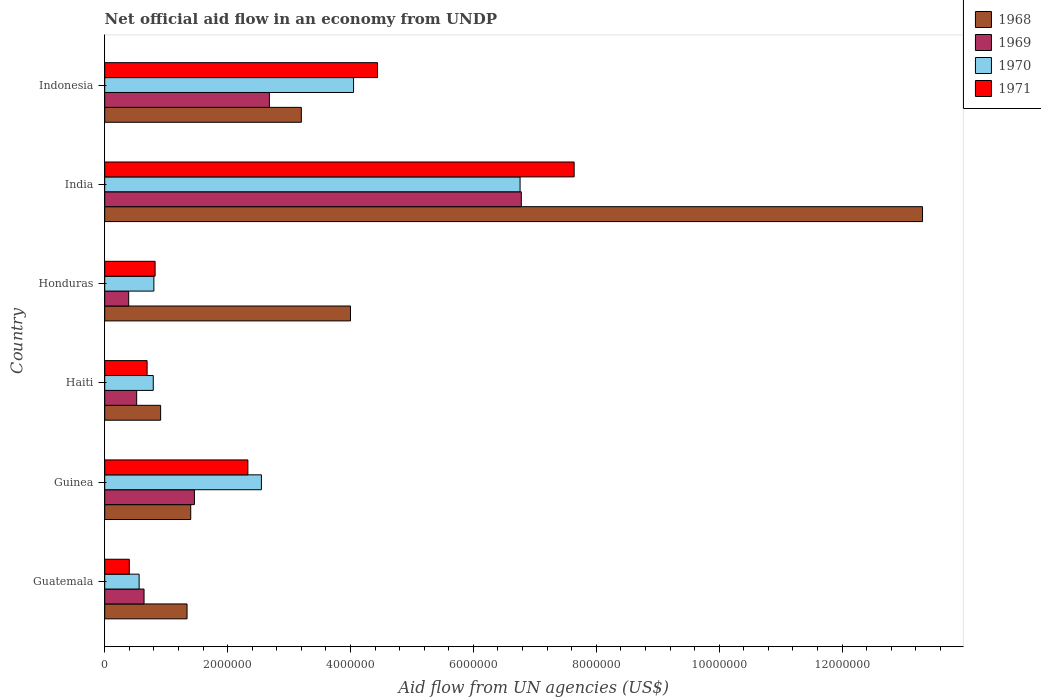
| Country | 1968 | 1969 | 1970 | 1971 |
 | --- | --- | --- | --- | --- |
 | Guatemala | 1.34e+06 | 6.4e+05 | 5.6e+05 | 4e+05 |
 | Guinea | 1.4e+06 | 1.46e+06 | 2.55e+06 | 2.33e+06 |
 | Haiti | 9.1e+05 | 5.2e+05 | 7.9e+05 | 6.9e+05 |
 | Honduras | 4e+06 | 3.9e+05 | 8e+05 | 8.2e+05 |
 | India | 1.33e+07 | 6.78e+06 | 6.76e+06 | 7.64e+06 |
 | Indonesia | 3.2e+06 | 2.68e+06 | 4.05e+06 | 4.44e+06 |